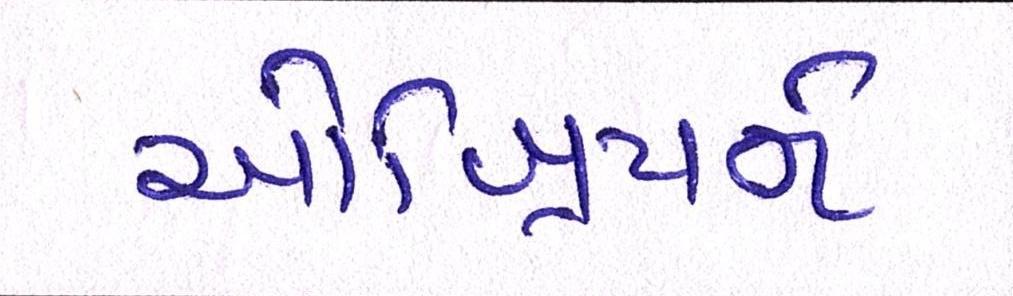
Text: ઓબ્રિયને